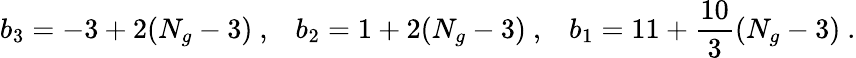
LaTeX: b_{3}=-3+2(N_{g}-3)~,\; \; \; b_{2}=1+2(N_{g}-3)~,\; \; \; b_{1}=11+\frac{10}{3}(N_{g}-3)~.